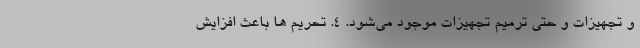
و تجهیزات و حتی ترمیم تجهیزات موجود می‌شود. 4. تحریم ها باعث افزایش